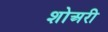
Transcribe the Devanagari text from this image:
शोअरी